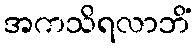
အကသိရလာဘိံ